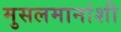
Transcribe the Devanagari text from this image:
मुसलमानांशी